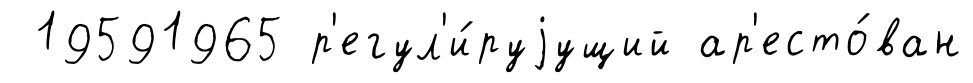
19591965 р'егул'и́руjущий ар'есто́ван